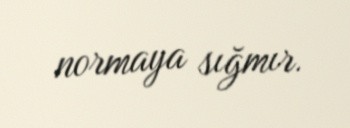
normaya sığmır.